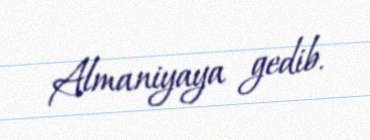
Almaniyaya gedib.